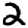
Digit: 2